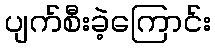
ပျက်စီးခဲ့ကြောင်း